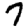
Digit: 7